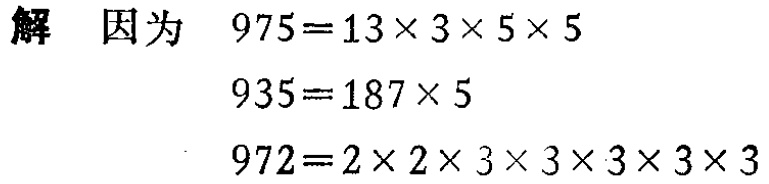
解 因为

\begin{align*}

975&=13\times3\times5\times5\\

935&=187\times5\\

972&=2\times2\times3\times3\times3\times3\times3

\end{align*}